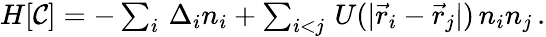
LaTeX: \begin{array}{r}{H[\mathcal{C}]=-\sum_{i}\, \Delta_{i}n_{i}+\sum_{i<j}\, U(|\vec{r}_{i}-\vec{r}_{j}|)\, n_{i}n_{j}\, .}\end{array}